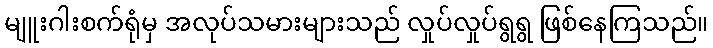
မျူးဂါးစက်ရုံမှ အလုပ်သမားများသည် လှုပ်လှုပ်ရွရွ ဖြစ်နေကြသည်။